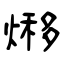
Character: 熪